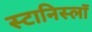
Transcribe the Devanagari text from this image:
स्टानिस्लॉ